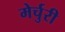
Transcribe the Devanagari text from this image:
मेर्चुरी